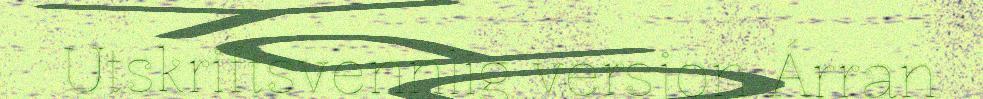
Utskriftsvennlig versjon Árran